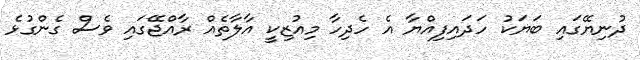
ދުނިޔޭގައި ބަޔަކު ހަދައިފިއްޔާ އެ ހެދިހާ މިއުޒިކީ އާލާތެއް ރާއްޖޭގައި ވެސް ގެންގުޅެ